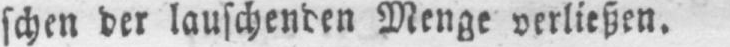
schen der lauschenden Menge verließen.